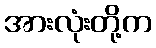
အားလုံးတို့က